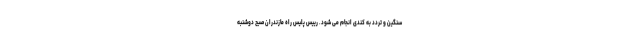
سنگین و تردد به کندی انجام می شود. رییس پلیس راه مازندران صبح دوشنبه